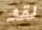
لقد